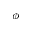
\phi